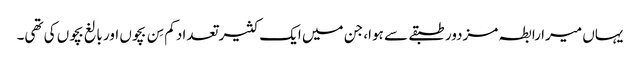
یہاں میرا رابطہ مزدور طبقے سے ہوا، جن میں ایک کثیر تعداد کم سِن بچوں اور بالغ بچوں کی تھی۔